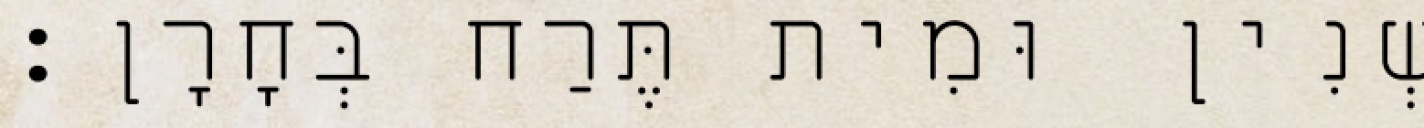
שְׁנִין וּמִית תֶּרַח בְּחָרָן׃